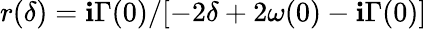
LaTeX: r(\delta)=\mathbf{i}\Gamma(0)/[-2\delta+2\omega(0)-\mathbf{i}\Gamma(0)]